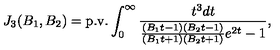
J _ { 3 } ( B _ { 1 } , B _ { 2 } ) = \mathrm { p . v . } \int _ { 0 } ^ { \infty } \frac { t ^ { 3 } d t } { \frac { ( B _ { 1 } t - 1 ) ( B _ { 2 } t - 1 ) } { ( B _ { 1 } t + 1 ) ( B _ { 2 } t + 1 ) } e ^ { 2 t } - 1 } ,